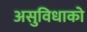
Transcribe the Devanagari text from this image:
असुविधाको